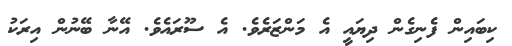
ކިބައިން ފެނިގެން ދިޔައީ އެ މަންޒަރެވެ. އެ ސޫރައެވެ. އޭނާ ބޭނުން އިރަކު